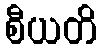
စီယတိ